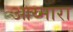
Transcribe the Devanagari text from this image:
आय्मारा